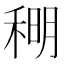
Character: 𫀹